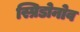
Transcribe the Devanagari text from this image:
स्प्रिडोनोव